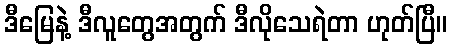
ဒီမြေနဲ့ ဒီလူတွေအတွက် ဒီလိုသေရဲတာ ဟုတ်ပြီ။